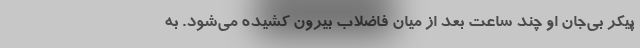
پیکر بی‌جان او چند ساعت بعد از میان فاضلاب بیرون کشیده می‌شود. به